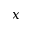
x